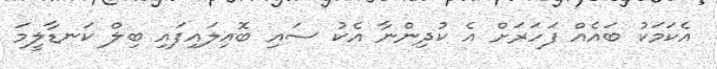
އެކަމަކު ބައެއް ފަހަރަށް އެ ކުދިންނާ އެކު ސައި ބޮއިލައިފައި ބިލް ކަނޑާލީމަ